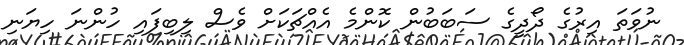
ނުވަތަ އިރުގެ ދޯދީގެ ސަބަބުން ކޮންމެ އެއްޗަކަށް ވެސް ލިބިފައި ހުންނަ ހިޔަނި